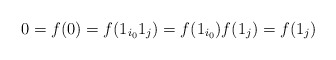
\begin{align*}0 = f(0) = f(1_{i_0} 1_j) = f(1_{i_0}) f(1_j) = f(1_j)\end{align*}